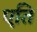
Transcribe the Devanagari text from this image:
एति